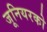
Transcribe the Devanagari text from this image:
जूनियरको